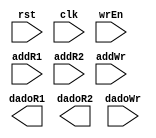
module bancoRegistradores(rst, clk, wrEn, addR1, addR2, addWr, dadoR1, dadoR2, dadoWr);
input clk, rst, wrEn;
input [2:0] addR1, addR2, addWr;
input [7:0] dadoWr;
output reg [7:0] dadoR1; 
output reg [7:0] dadoR2;

endmodule